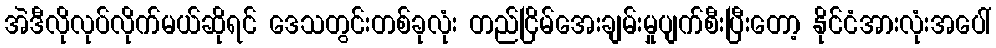
အဲဒီလိုလုပ်လိုက်မယ်ဆိုရင် ဒေသတွင်းတစ်ခုလုံး တည်ငြိမ်အေးချမ်းမှုပျက်စီးပြီးတော့ နိုင်ငံအားလုံးအပေါ်